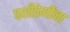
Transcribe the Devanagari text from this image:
पक्षीप्रेमींना